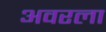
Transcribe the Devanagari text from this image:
अवरला